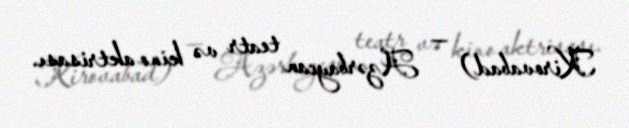
Kirovabad) — Azərbaycan teatr və kino aktrisası.